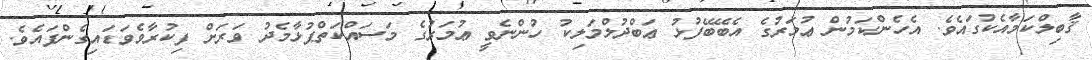
ޤާބިލްކަމާއެކުގައެވެ. އެހެންކަމުން ޢުމަރުގެ އެބޭބޭފުޅު ޢަބްދުލްމަލިކު ހުންނެވީ ޢުމަރުގެ މަސައްކަތްޕުޅާމެދު ވަރަށް ފިކުރާވެވަޑައިގެންފައެވެ.